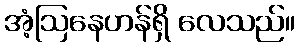
အံ့ဩနေဟန်ရှိ လေသည်။